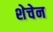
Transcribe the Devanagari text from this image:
शेचेन